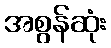
အစွန်ဆုံး